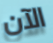
الآن